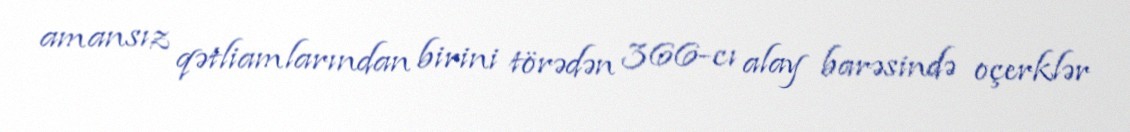
amansız qətliamlarından birini törədən 366-cı alay barəsində oçerklər